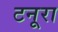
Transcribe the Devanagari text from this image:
टनूरा